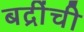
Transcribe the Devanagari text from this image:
बद्रींची